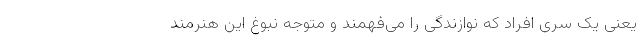
یعنی یک سری افراد که نوازندگی را می‌فهمند و متوجه نبوغ این هنرمند